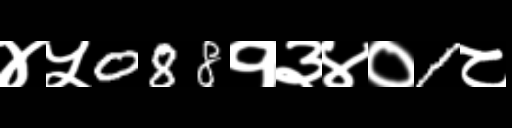
Text: ४५088१३४०1८